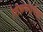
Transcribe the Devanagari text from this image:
शिकण्यापेक्षा